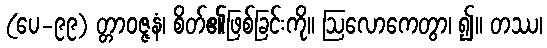
(ပေ-၉၉) တ္တာဝဇ္ဇနံ၊ စိတ်၏ဖြစ်ခြင်းကို။ ဩလောကေတွာ၊ ၍။ တဿ၊